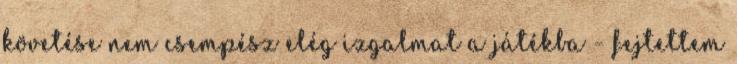
követése nem csempész elég izgalmat a játékba - fejtettem